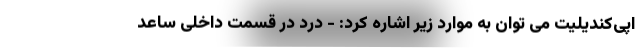
اپی‌کندیلیت می توان به موارد زیر اشاره کرد: - درد در قسمت داخلی ساعد